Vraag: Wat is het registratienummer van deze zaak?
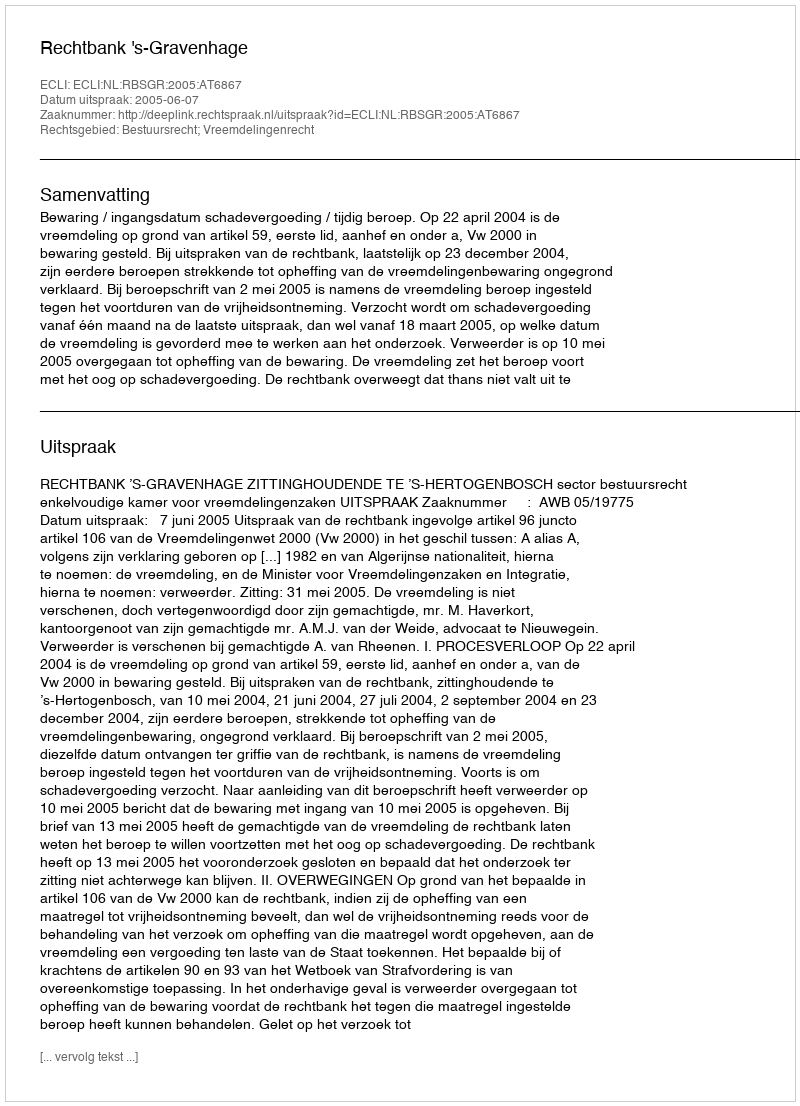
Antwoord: http://deeplink.rechtspraak.nl/uitspraak?id=ECLI:NL:RBSGR:2005:AT6867